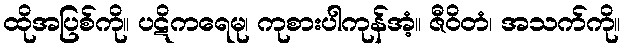
ထိုအပြစ်ကို။ ပဋိကရေမု၊ ကုစားပါကုန်အံ့။ ဇီဝိတံ၊ အသက်ကို။